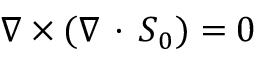
\nabla \times ( \nabla \, \cdot \, \ensuremath { \boldsymbol { S } } _ { 0 } ) = 0